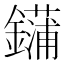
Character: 𰽏